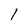
Character: l